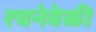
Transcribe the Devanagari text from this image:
रचनेवेळी